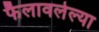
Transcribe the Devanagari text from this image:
फैलावलेल्या